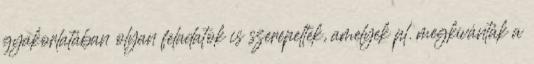
gyakorlatában olyan feladatok is szerepeltek, amelyek pl. megkívánták a